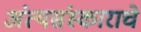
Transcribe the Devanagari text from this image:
अंत्यसंस्काराचे